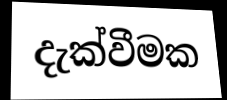
දැක්වීමක